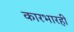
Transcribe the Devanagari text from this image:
कारभारही